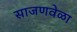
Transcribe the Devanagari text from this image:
साजणवेळा